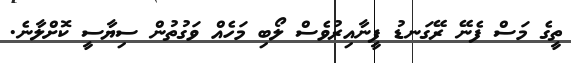
ތީގެ މަސް ފެނޭ ރޭގަނޑު ފީނާއިރުވެސް ލޯބި މަހެއް ވަގުތުން ސިޔާސީ ކޮށްލާނެ.